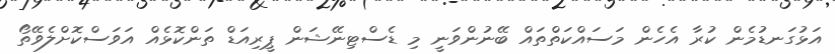
އަޅުގަނޑުމެން ކުރާ އެހެން މަސައްކަތްތައް ބޭނުންވަނީ މި ޑެސްޓިނޭޝަން ޕީރިއަޑް ތަންކޮޅެއް އަވަސްކޮށްލެވޭތޯ